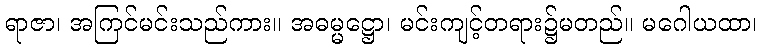
ရာဇာ၊ အကြင်မင်းသည်ကား။ အဓမ္မဋ္ဌော၊ မင်းကျင့်တရား၌မတည်။ မဂေါယထာ၊